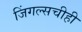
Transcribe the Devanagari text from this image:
जिंगल्सचीही